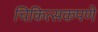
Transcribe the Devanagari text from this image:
चिकित्सकपणे